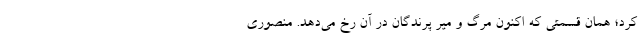
کرد؛ همان قسمتی که اکنون مرگ و میر پرندگان در آن رخ می‌دهد. منصوری